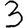
Digit: 3